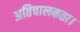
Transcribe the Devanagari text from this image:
अतिचालकता।